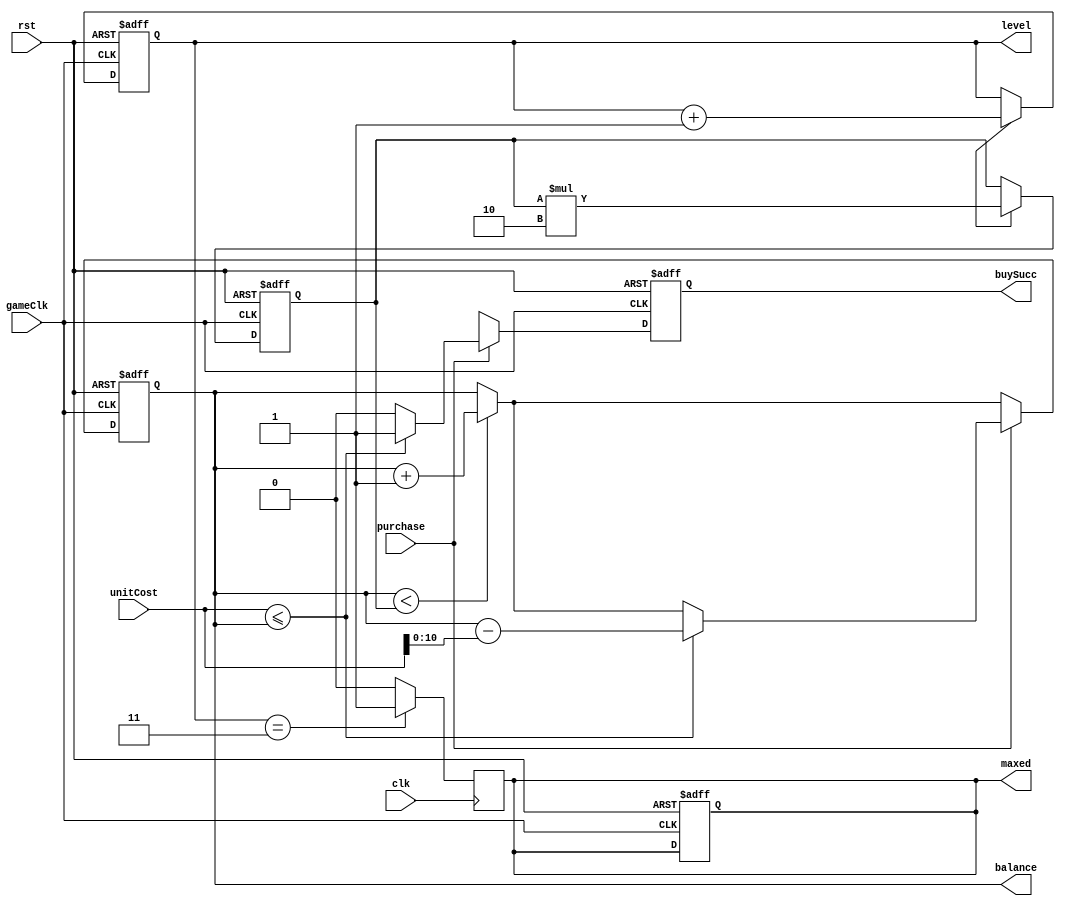
module Wallet(
	input clk,
	input gameClk,
	input rst,
	input purchase,
	input [12:0] unitCost,
	output reg [1:0] level,
	output reg [10:0] balance,
	output reg maxed,
	output reg buySucc
   );
	
	reg MAX;
	
	// Block to set maxed based on level
	always @(posedge clk)
	begin
		if(level == 2'b11) maxed <= 1;
		else maxed <= 0;
	end
	
	// Core state machine
	always @(posedge gameClk, posedge rst) 
	begin: Main_SM
		if(rst)
		begin
			balance <= 0;
			level <= 2'b00;
			maxed <= 1'b0;
			buySucc <= 1'b0;
			MAX <= 3'd256;
		end
		else
		begin
			if(balance < MAX) balance <= balance + 1;
			if(upgrade)
			begin
				level <= level + 1;
				MAX <= MAX * 2;
			end
			if(purchase)
			begin
				if(unitCost <= balance)
				begin
					balance <= balance - unitCost;
					buySucc <= 1;
				end
				else buySucc <= 0;
			end
			else buySucc <= 1'bX;
		end
	end
	
endmodule